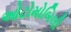
ઓટોમોબિલી